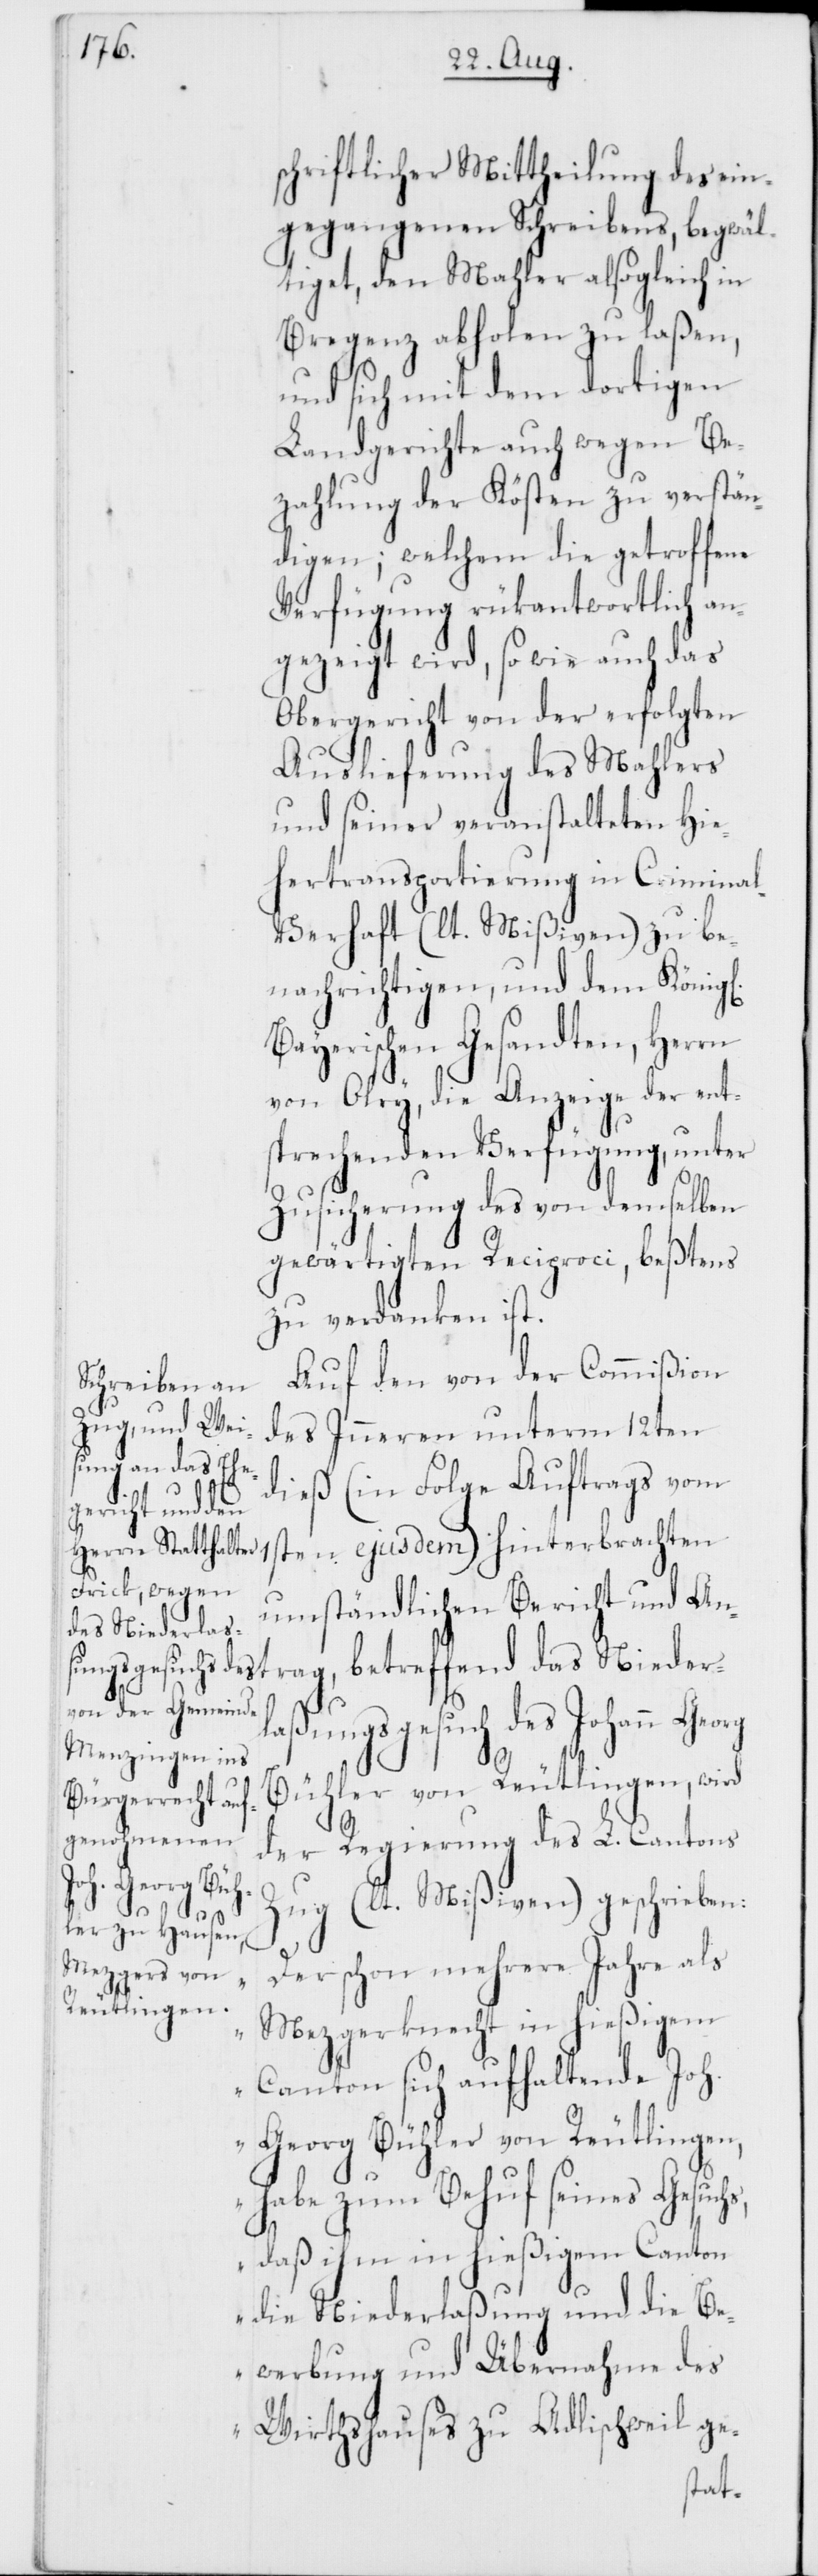
schriftlicher Mittheilung des ein¬
gegangenen Schreibens, begwäl¬
tiget, den Mahler alsogleich in
Bregenz abholen zu laßen,
und sich mit dem dortigen
Landgerichte auch wegen Be¬
zahlung der Kosten zu verstän¬
digen; welchem die getroffene
Verfügung rükantwortlich an¬
gezeigt wird, so wie auch das
Obergericht von der erfolgten
Auslieferung des Mahlers
und seiner veranstalteten Hie¬
hertransportierung in Crimina¬
l-Verhaft (lt. Mißiven) zu be¬
nachrichtigen, und dem König¬
ayerischen gesandten, Herrn
von Olry, die Anzeige der ent¬
sprechenden Verfügung, unter
Zusicherung des von demselben
gewärtigten Reciproci, beßtens
zu verdanken ist.
Auf den von der Commißion
des Inneren unterm 12ten
dieß (in Folge Auftrags vom
umständlichen Bericht und An¬
das Niederla¬
ßungsgesuch des Johann
der Regierung des L. Cantons
Zug (lt. Mißiven) geschrieben:
trag,
„Der schon mehrere Jahre als
Mezgerknecht in hießigem
Canton sich aufhaltende Joh.
Georg Bühler von Reutlingen,
habe zum Behuf seines Gesuch¬
s, daß ihm in hießigem Canton
die Niederlaßung und die Be¬
werbung und Übernahme des
Wirthshauses zu Adlischweil ge-